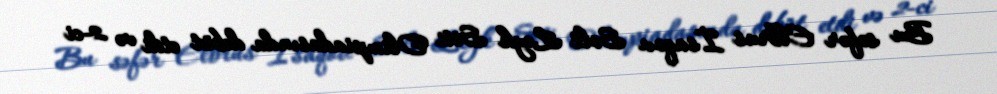
Bu səfər Elbrus İsaqov Solt Leyk Siti Olimpiadasında debüt etdi və 2-ci